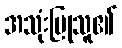
အသုံးပြုသူ၏